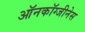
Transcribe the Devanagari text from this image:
ऑनकॉग्जीनेस